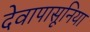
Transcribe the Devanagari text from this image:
देवापासूनिया